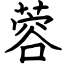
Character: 蓉